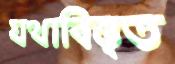
যথাবিস্তৃত